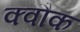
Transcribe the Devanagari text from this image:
क्वौक